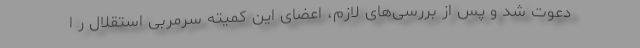
دعوت شد و پس از بررسی‌های لازم، اعضای این کمیته سرمربی استقلال ر ا